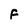
Character: F